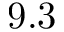
9 . 3